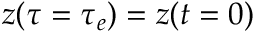
\ensuremath { \boldsymbol { z } } ( \tau = \tau _ { e } ) = \ensuremath { \boldsymbol { z } } ( t = 0 )